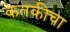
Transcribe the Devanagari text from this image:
केतकीचा